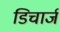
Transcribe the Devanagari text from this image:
डिचार्ज